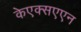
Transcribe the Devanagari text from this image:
केएक्सएएन